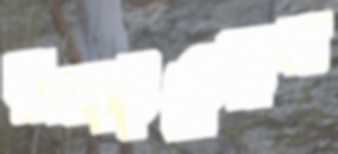
ডুক্‌রাইতেছিল